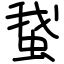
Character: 䖸